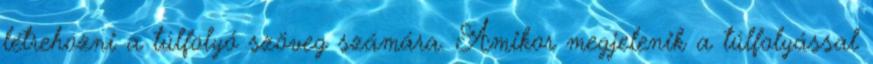
létrehozni a túlfolyó szöveg számára. Amikor megjelenik a túlfolyással